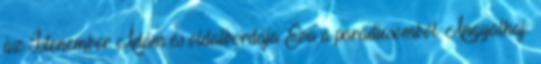
az Istenember Ádám és oldalbordája Éva a paradicsomból. Angyalhaj: